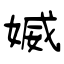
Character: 媙